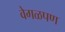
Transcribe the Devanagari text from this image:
वेगळपण